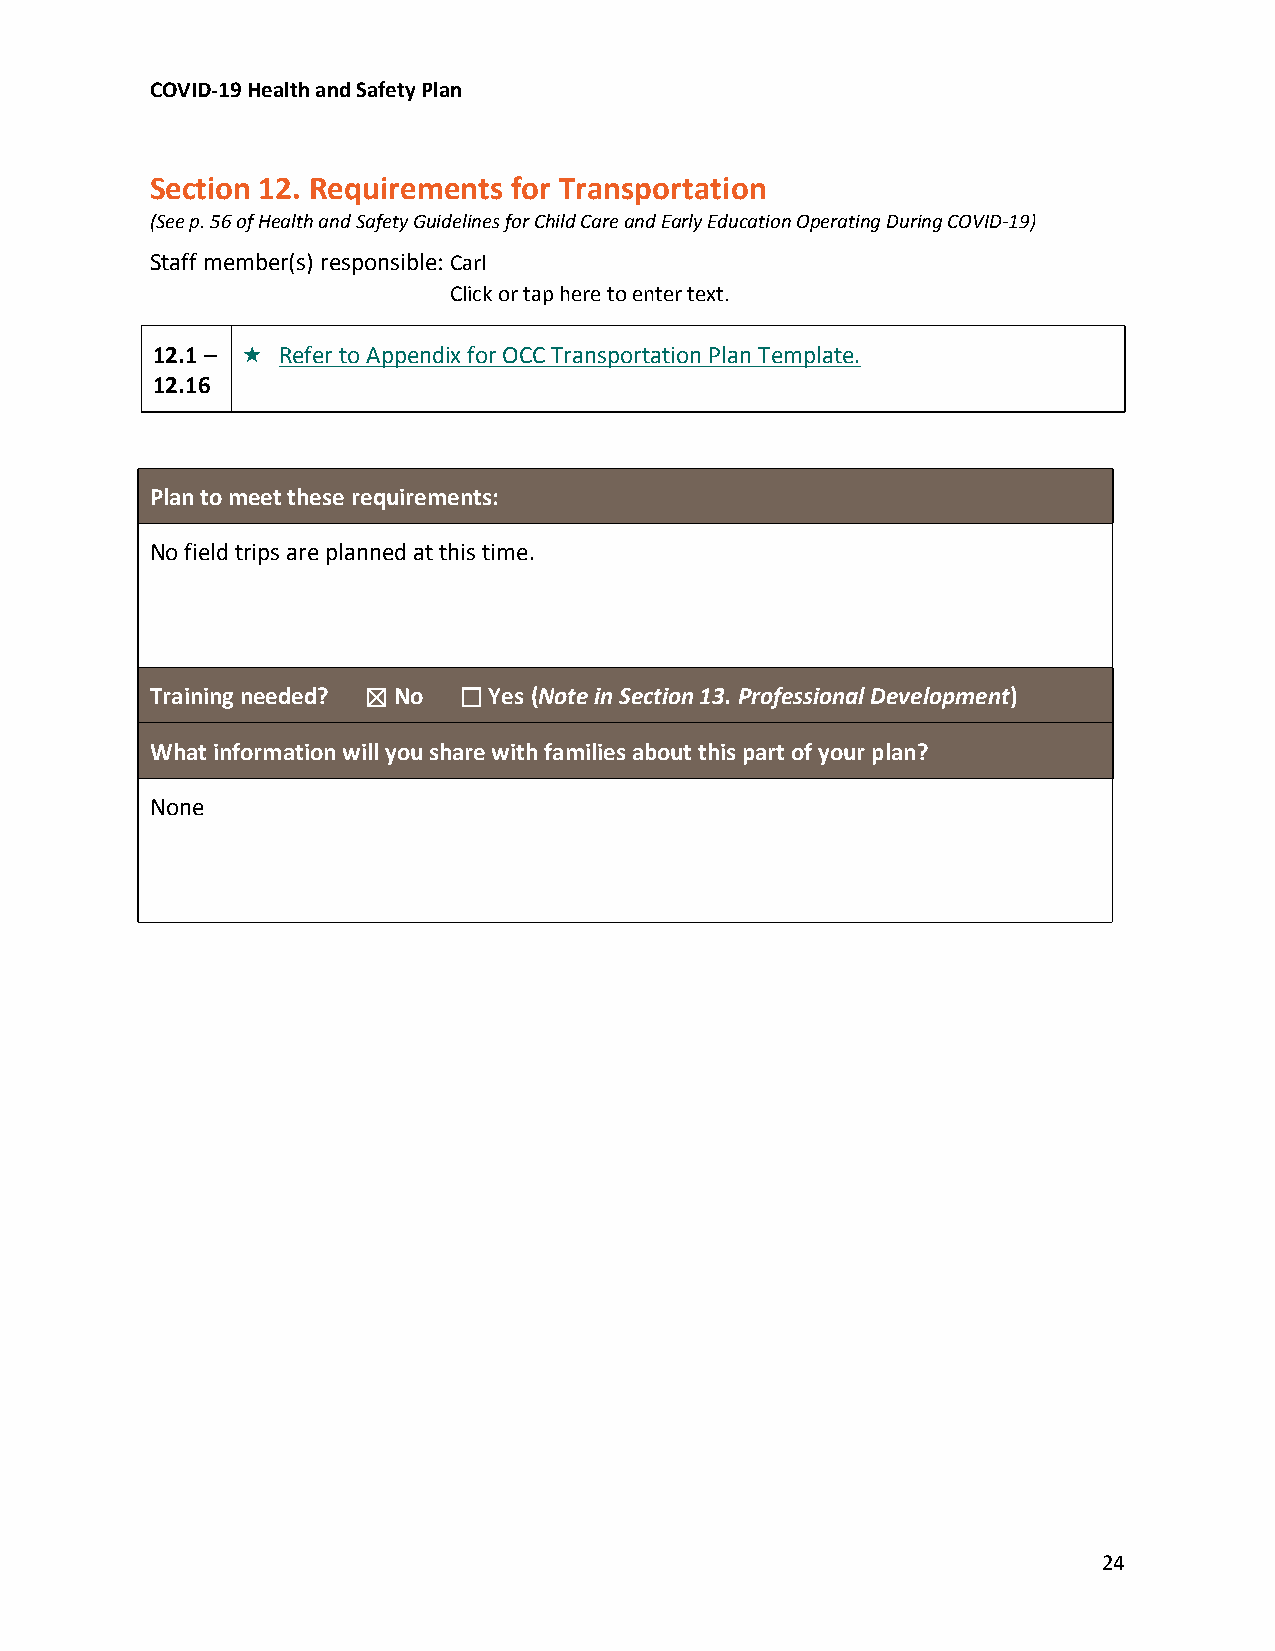
COVID-19 Health and Safety Plan
 Section 12. Requirements for Transportation
 (See p. 56 of Health and Safety Guidelines for Child Care and Early Education Operating During COVID-19)
 Staff member(s) responsible:Carl
 Click or tap here to enter text.
 12.1 –  Refer to Appendix for OCC Transportation Plan Template.
 12.16
 Plan to meet these requirements:
 No field trips are planned at this time.
 Training needed? ☒ No ☐ Yes (Note in Section 13. Professional Development)
 What information will you share with families about this part of your plan?
 None
 24